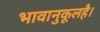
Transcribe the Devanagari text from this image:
भावानुकूलहै।